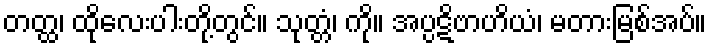
တတ္ထ၊ ထိုလေးပါးတို့တွင်။ သုတ္တံ၊ ကို။ အပ္ပဋိဗာဟိယံ၊ မတားမြစ်အပ်။